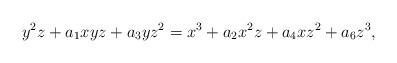
LaTeX: \begin{align*}y^2z+a_1 xyz+ a_3yz^2=x^3+a_2x^2z+a_4xz^2+a_6z^3,\end{align*}